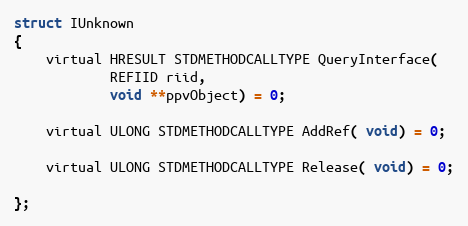
Language: C
struct IUnknown
{
    virtual HRESULT STDMETHODCALLTYPE QueryInterface(
            REFIID riid,
            void **ppvObject) = 0;

    virtual ULONG STDMETHODCALLTYPE AddRef( void) = 0;

    virtual ULONG STDMETHODCALLTYPE Release( void) = 0;

};